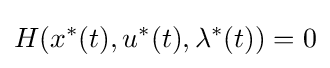
H(x^{*}(t),u^{*}(t),\lambda ^{*}(t))=0